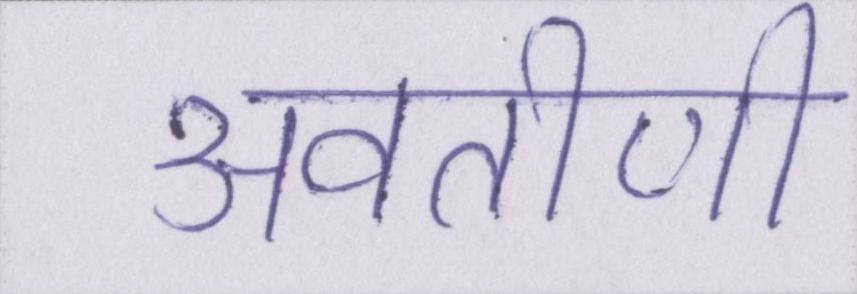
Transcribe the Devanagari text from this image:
अवतीर्ण